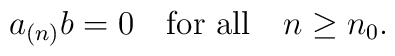
a_{(n)}b = 0\quad\mbox{for all}\quad n\geq n_0.